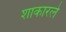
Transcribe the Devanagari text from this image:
शाकारले